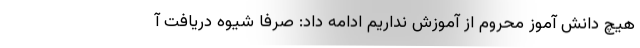
هیچ دانش آموز محروم از آموزش نداریم ادامه داد: صرفا شیوه دریافت آ